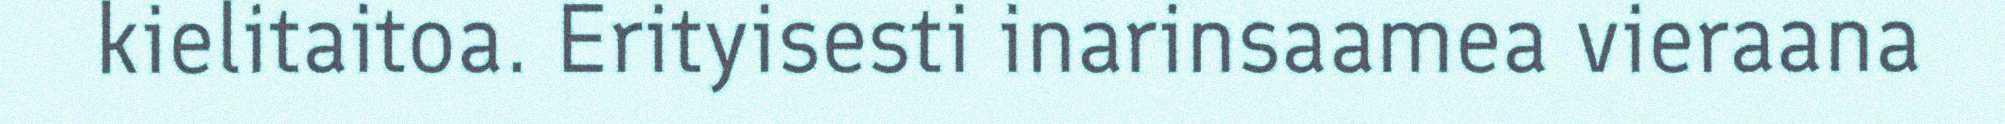
kielitaitoa. Erityisesti inarinsaamea vieraana